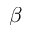
{ \beta }